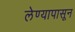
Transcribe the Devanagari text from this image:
लेण्यापासून